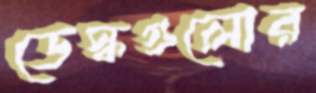
ডেস্কগুলোর